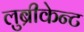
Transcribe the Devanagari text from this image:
लुब्रीकेन्ट